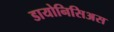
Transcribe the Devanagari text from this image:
डायोनिसिअस